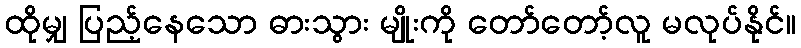
ထိုမျှ ပြည့်နေသော ဓားသွား မျိုးကို တော်တော့်လူ မလုပ်နိုင်။